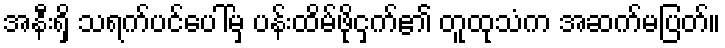
အနီးရှိ သရက်ပင်ပေါ်မှ ပန်းထိမ်ဖိုငှက်၏ တူထုသံက အဆက်မပြတ်။